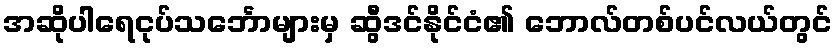
အဆိုပါရေငုပ်သင်္ဘောများမှ ဆွီဒင်နိုင်ငံ၏ ဘောလ်တစ်ပင်လယ်တွင်